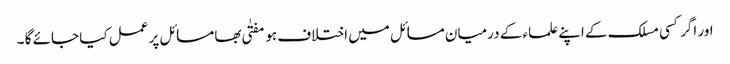
اور اگر کسی مسلک کے اپنے علماء کے درمیان مسائل میں اختلاف ہو مفتٰی بھا مسائل پر عمل کیا جائے گا ۔